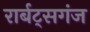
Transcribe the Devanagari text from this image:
रार्बट्सगंज